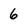
Character: 6